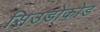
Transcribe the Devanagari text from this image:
सिउडोकोड